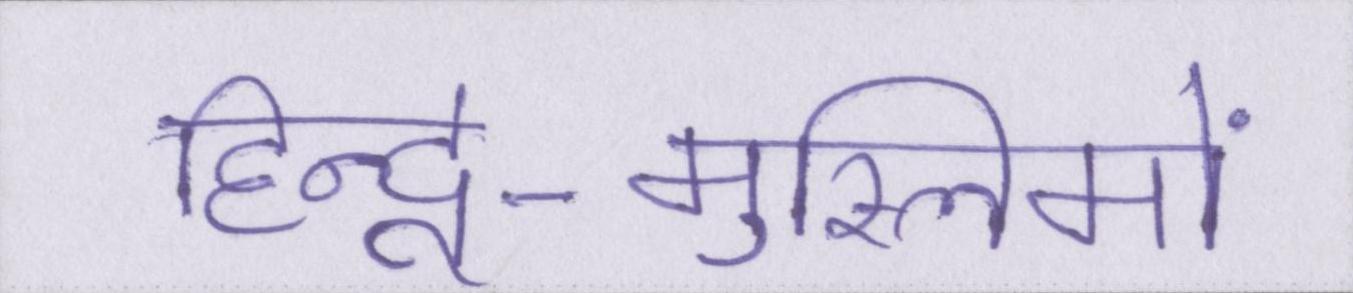
हिन्दू-मुस्लिमों